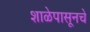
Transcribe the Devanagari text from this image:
शाळेपासूनचे